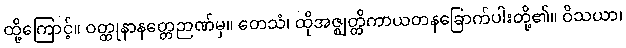
ထို့ကြောင့်။ ဝတ္ထုနာနတ္တေဉာဏ်မှ။ တေသံ၊ ထိုအဇ္ဈတ္တိကာယတနခြောက်ပါးတို့၏။ ဝိသယာ၊